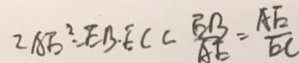
2 A E ^ { 2 } = E B \cdot E C C \frac { E B } { A E } = \frac { A E } { D C }